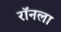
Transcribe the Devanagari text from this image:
रॉनला